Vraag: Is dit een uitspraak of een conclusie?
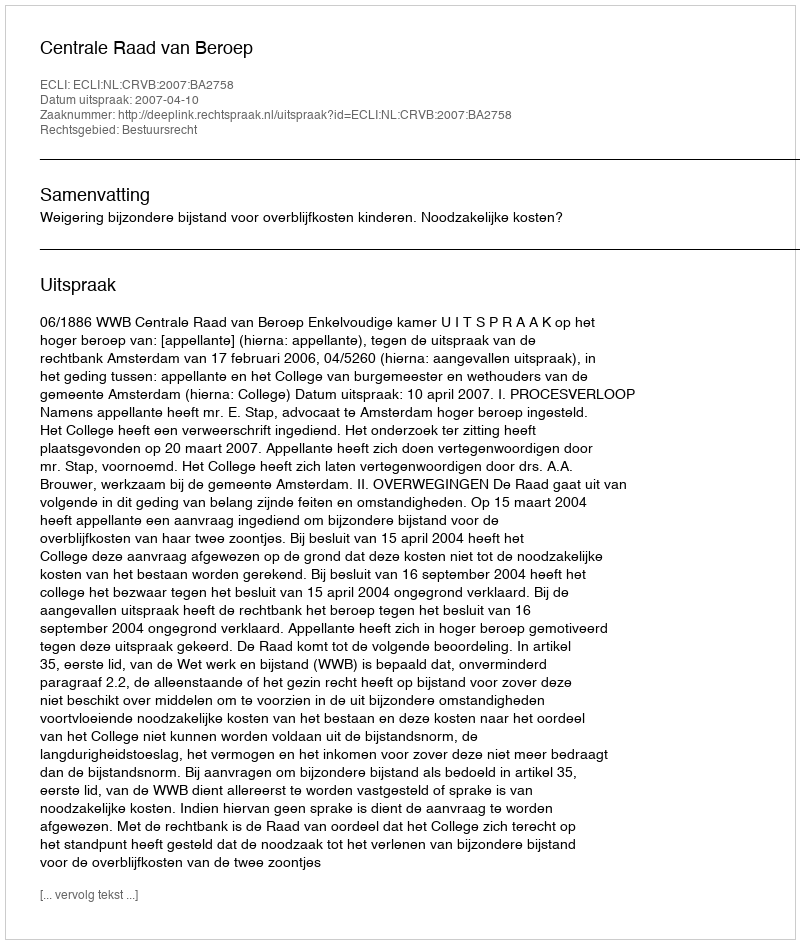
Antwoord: Uitspraak